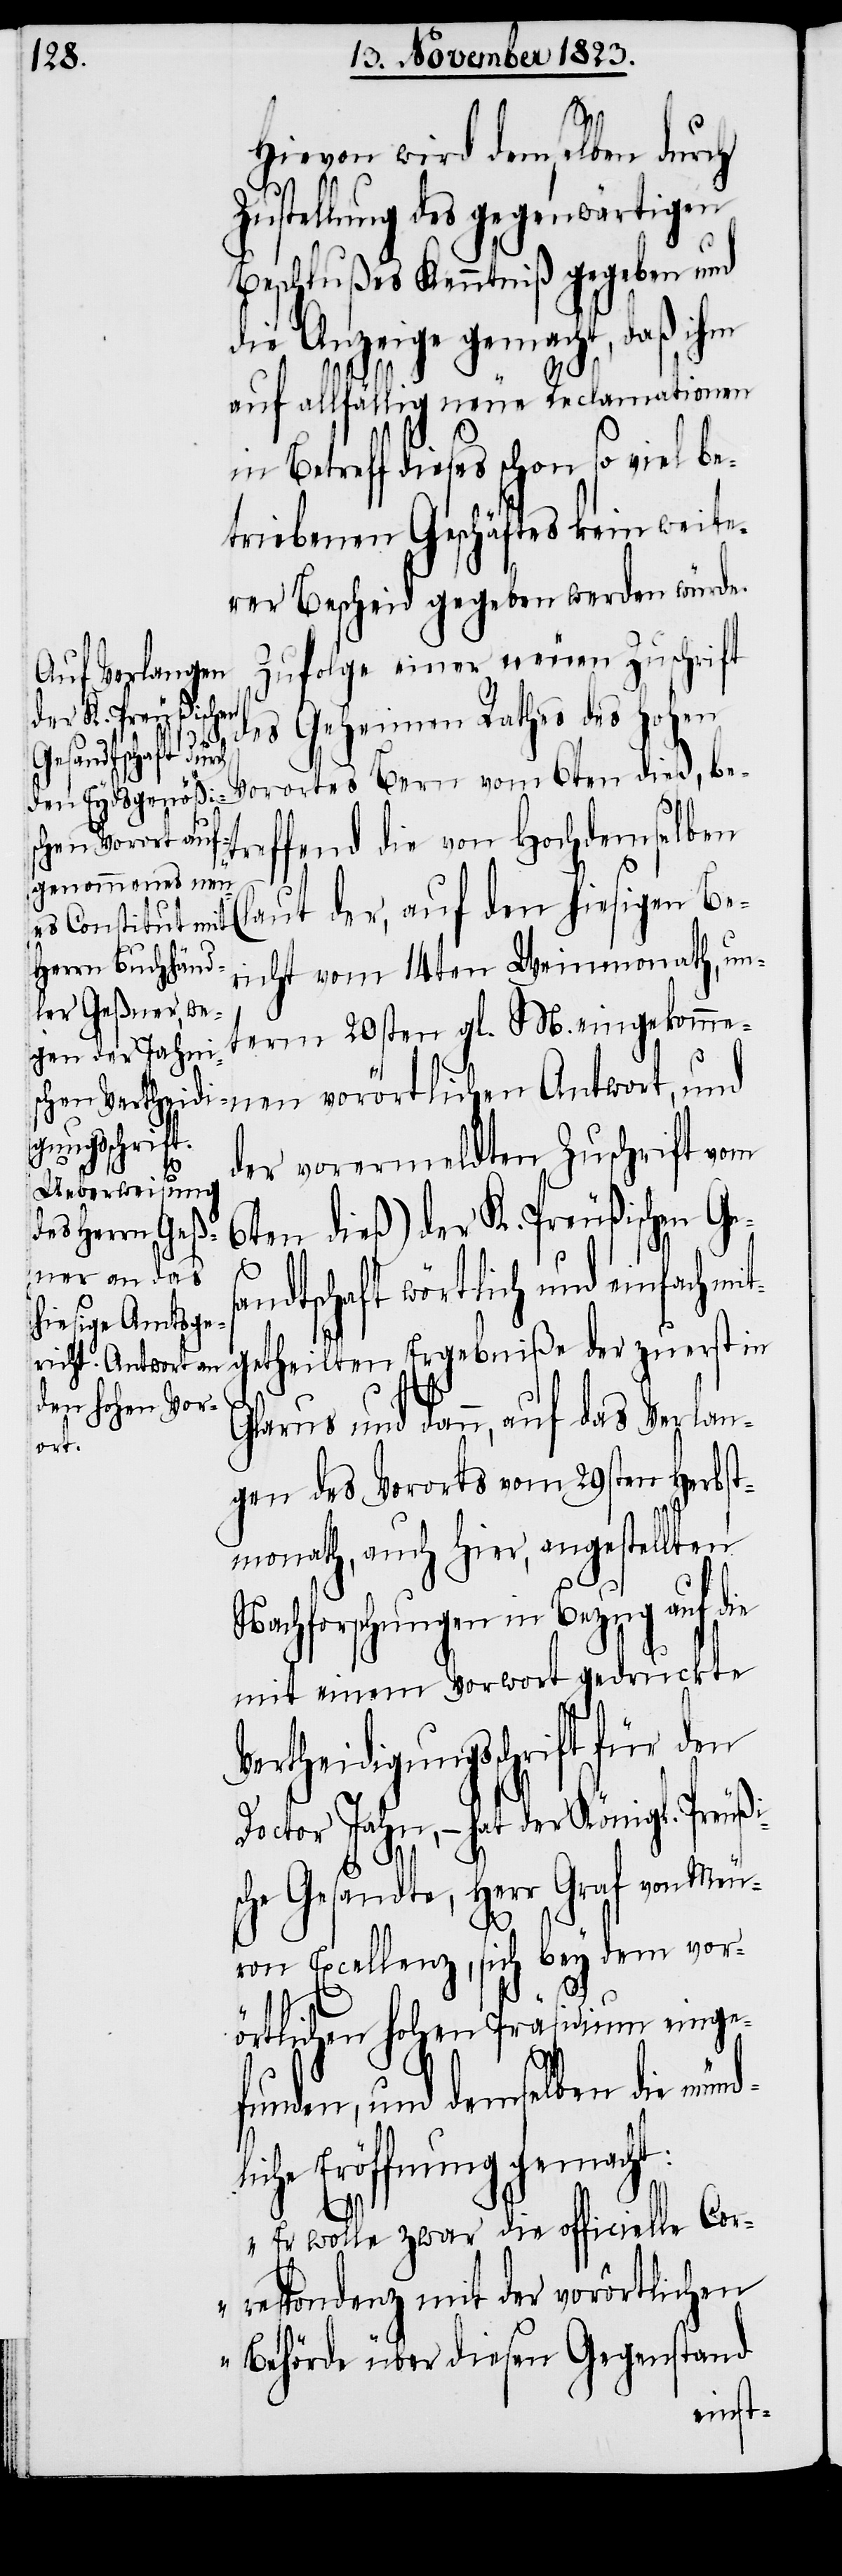
Hievon wird demselben durch
Zustellung des gegenwärtigen
Beschlußes Kenntniß gegeben und
die Anzeige gemacht, daß ihm
auf allfällig neue Reclamationen
Betreff dieses schon so viel be¬
triebenen Geschäftes kein weite¬
rer Bescheid gegeben werden würde.
Zufolge einer neuen Zuschrift
des Geheimen Rathes des Hohen
Vorortes Bern vom 6ten dieß, be¬
ffend die von Hochdemselben
aut der, auf den hiesigen Be¬
richt vom 14ten Weinmonath, unt¬
erm 20sten gl. M. eingekomme¬
nen vorörtlichen Antwort, und
der vorermeldten Zuschrift vom
6ten dieß) der K. Preußischen Ge¬
d¬
sandtschaft wörtlich und einfach mit¬
getheilten Ergebniße der zuerst in
Glarus und dann, auf das Verlan¬
tre¬
gen des Vororts vom 29sten Herbst¬
monath, auch hier, angestellten
Nachforschungen in Bezug auf die
mit einem Vorwort gedruckte
Vertheidigungsschrift für den
Doctor Jahn, − hat der Königl. Preußi¬
sche Gesandte, Herr Graf von Meu¬
ron Excellenz, sich bey dem vor¬
örtlichen hohen Präsidium einge¬
funden, und demselben die mün¬
liche Eröffnung gemacht:
„Er wolle zwar die officielle Cor¬
respondenz mit der vorörtlichen
Behörde über diesen Gegenstand